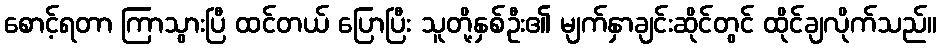
စောင့်ရတာ ကြာသွားပြီ ထင်တယ် ပြောပြီး သူတို့နှစ်ဦး၏ မျက်နှာချင်းဆိုင်တွင် ထိုင်ချလိုက်သည်။